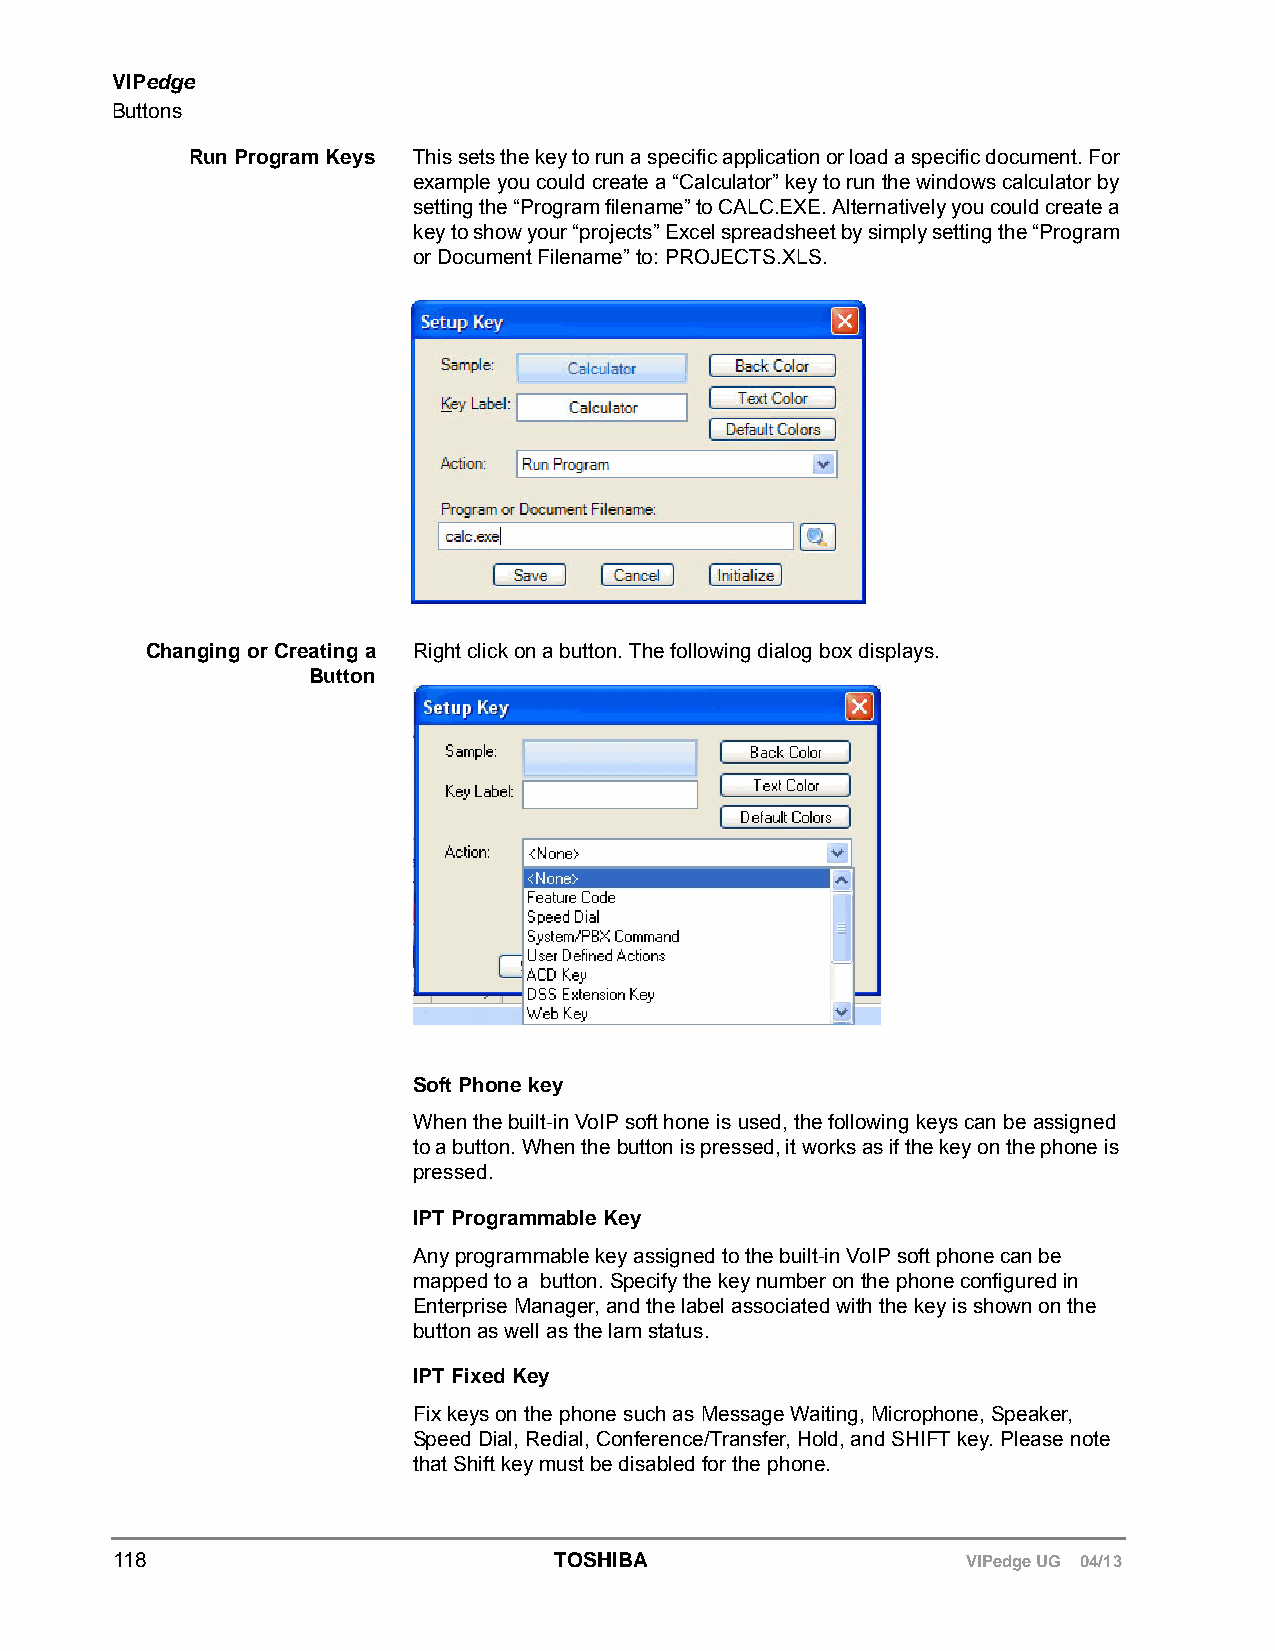
VIPedge
 Buttons
 Run Program Keys This sets the key to run a specific application or load a specific document. For
 example you could create a “Calculator” key to run the windows calculator by
 setting the “Program filename” to CALC.EXE. Alternatively you could create a
 key to show your “projects” Excel spreadsheet by simply setting the “Program
 or Document Filename” to: PROJECTS.XLS.
 Changing or Creating a Right click on a button. The following dialog box displays.
 Button
 Soft Phone key
 When the built-in VoIP soft hone is used, the following keys can be assigned
 to a button. When the button is pressed, it works as if the key on the phone is
 pressed.
 IPT Programmable Key
 Any programmable key assigned to the built-in VoIP soft phone can be
 mapped to a button. Specify the key number on the phone configured in
 Enterprise Manager, and the label associated with the key is shown on the
 button as well as the lam status.
 IPT Fixed Key
 Fix keys on the phone such as Message Waiting, Microphone, Speaker,
 Speed Dial, Redial, Conference/Transfer, Hold, and SHIFT key. Please note
 that Shift key must be disabled for the phone.
 118                          TOSHIBA                    VIPedge UG 04/13